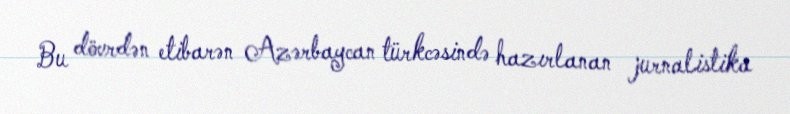
Bu dövrdən etibarən Azərbaycan türkcəsində hazırlanan jurnalistika